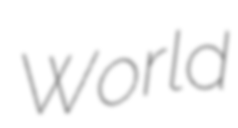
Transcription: World